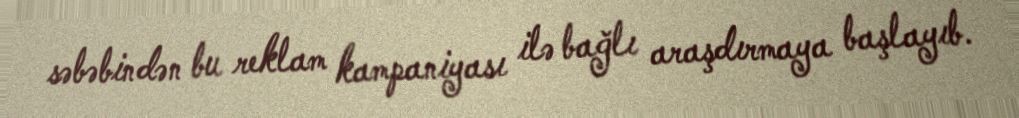
səbəbindən bu reklam kampaniyası ilə bağlı araşdırmaya başlayıb.